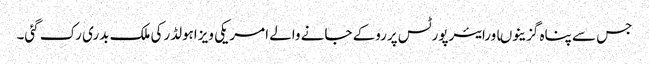
جس سے پناہ گزینوںاورایئرپورٹس پرروکے جانے والے امریکی ویزاہولڈرکی ملک بدری رک گئی۔